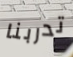
تدربنا